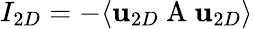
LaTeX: I_{2D}=-\langle\textbf{u}_{2D}\mathrm{~A~}\textbf{u}_{2D}\rangle